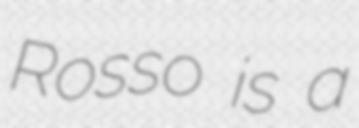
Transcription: Rosso is a